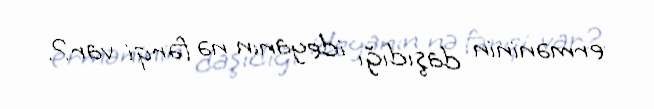
erməninin daşıdığı ideyanın nə fərqi var?.